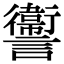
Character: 讏